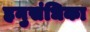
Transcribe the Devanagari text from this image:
हनुसंधिका